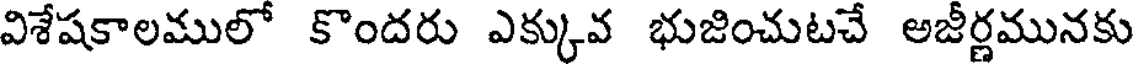
విశేషకాలములో కొందరు ఎక్కువ భుజించుటచే అజీర్ణమునకు